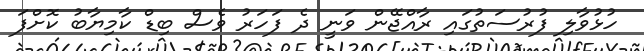
ހުޅުވާލި ފުރުސަތުގައި ރާއްޖޭން ވަނީ ދެ ފަހަރު ވެސް ބިޑް ކާމިޔާބު ކޮށްފަ